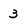
Character: 3